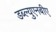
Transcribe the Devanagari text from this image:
डब्ल्युएनबीए